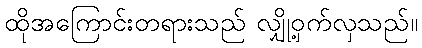
ထိုအကြောင်းတရားသည် လျှို့ဝှက်လှသည်။